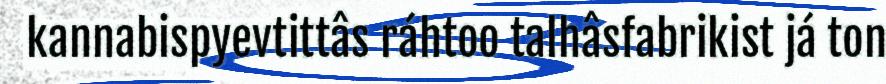
kannabispyevtittâs ráhtoo talhâsfabrikist já ton